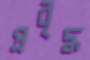
প্রবৃদ্ধ